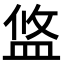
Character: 𥁮